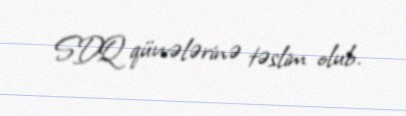
SDQ qüvvələrinə təslim olub.